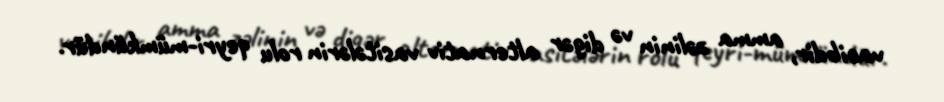
vacibdir, amma zəlinin və digər alternativ vasitələrin rolu qeyri-mümkündür.